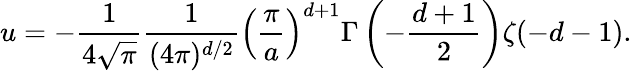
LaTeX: u=-{\frac{1}{4\sqrt\pi}}{\frac{1}{(4\pi)^{d/2}}}\left({\frac{\pi}{a}}\right)^{d+1}\Gamma\left(-{\frac{d+1}{2}}\right)\zeta(-d-1).